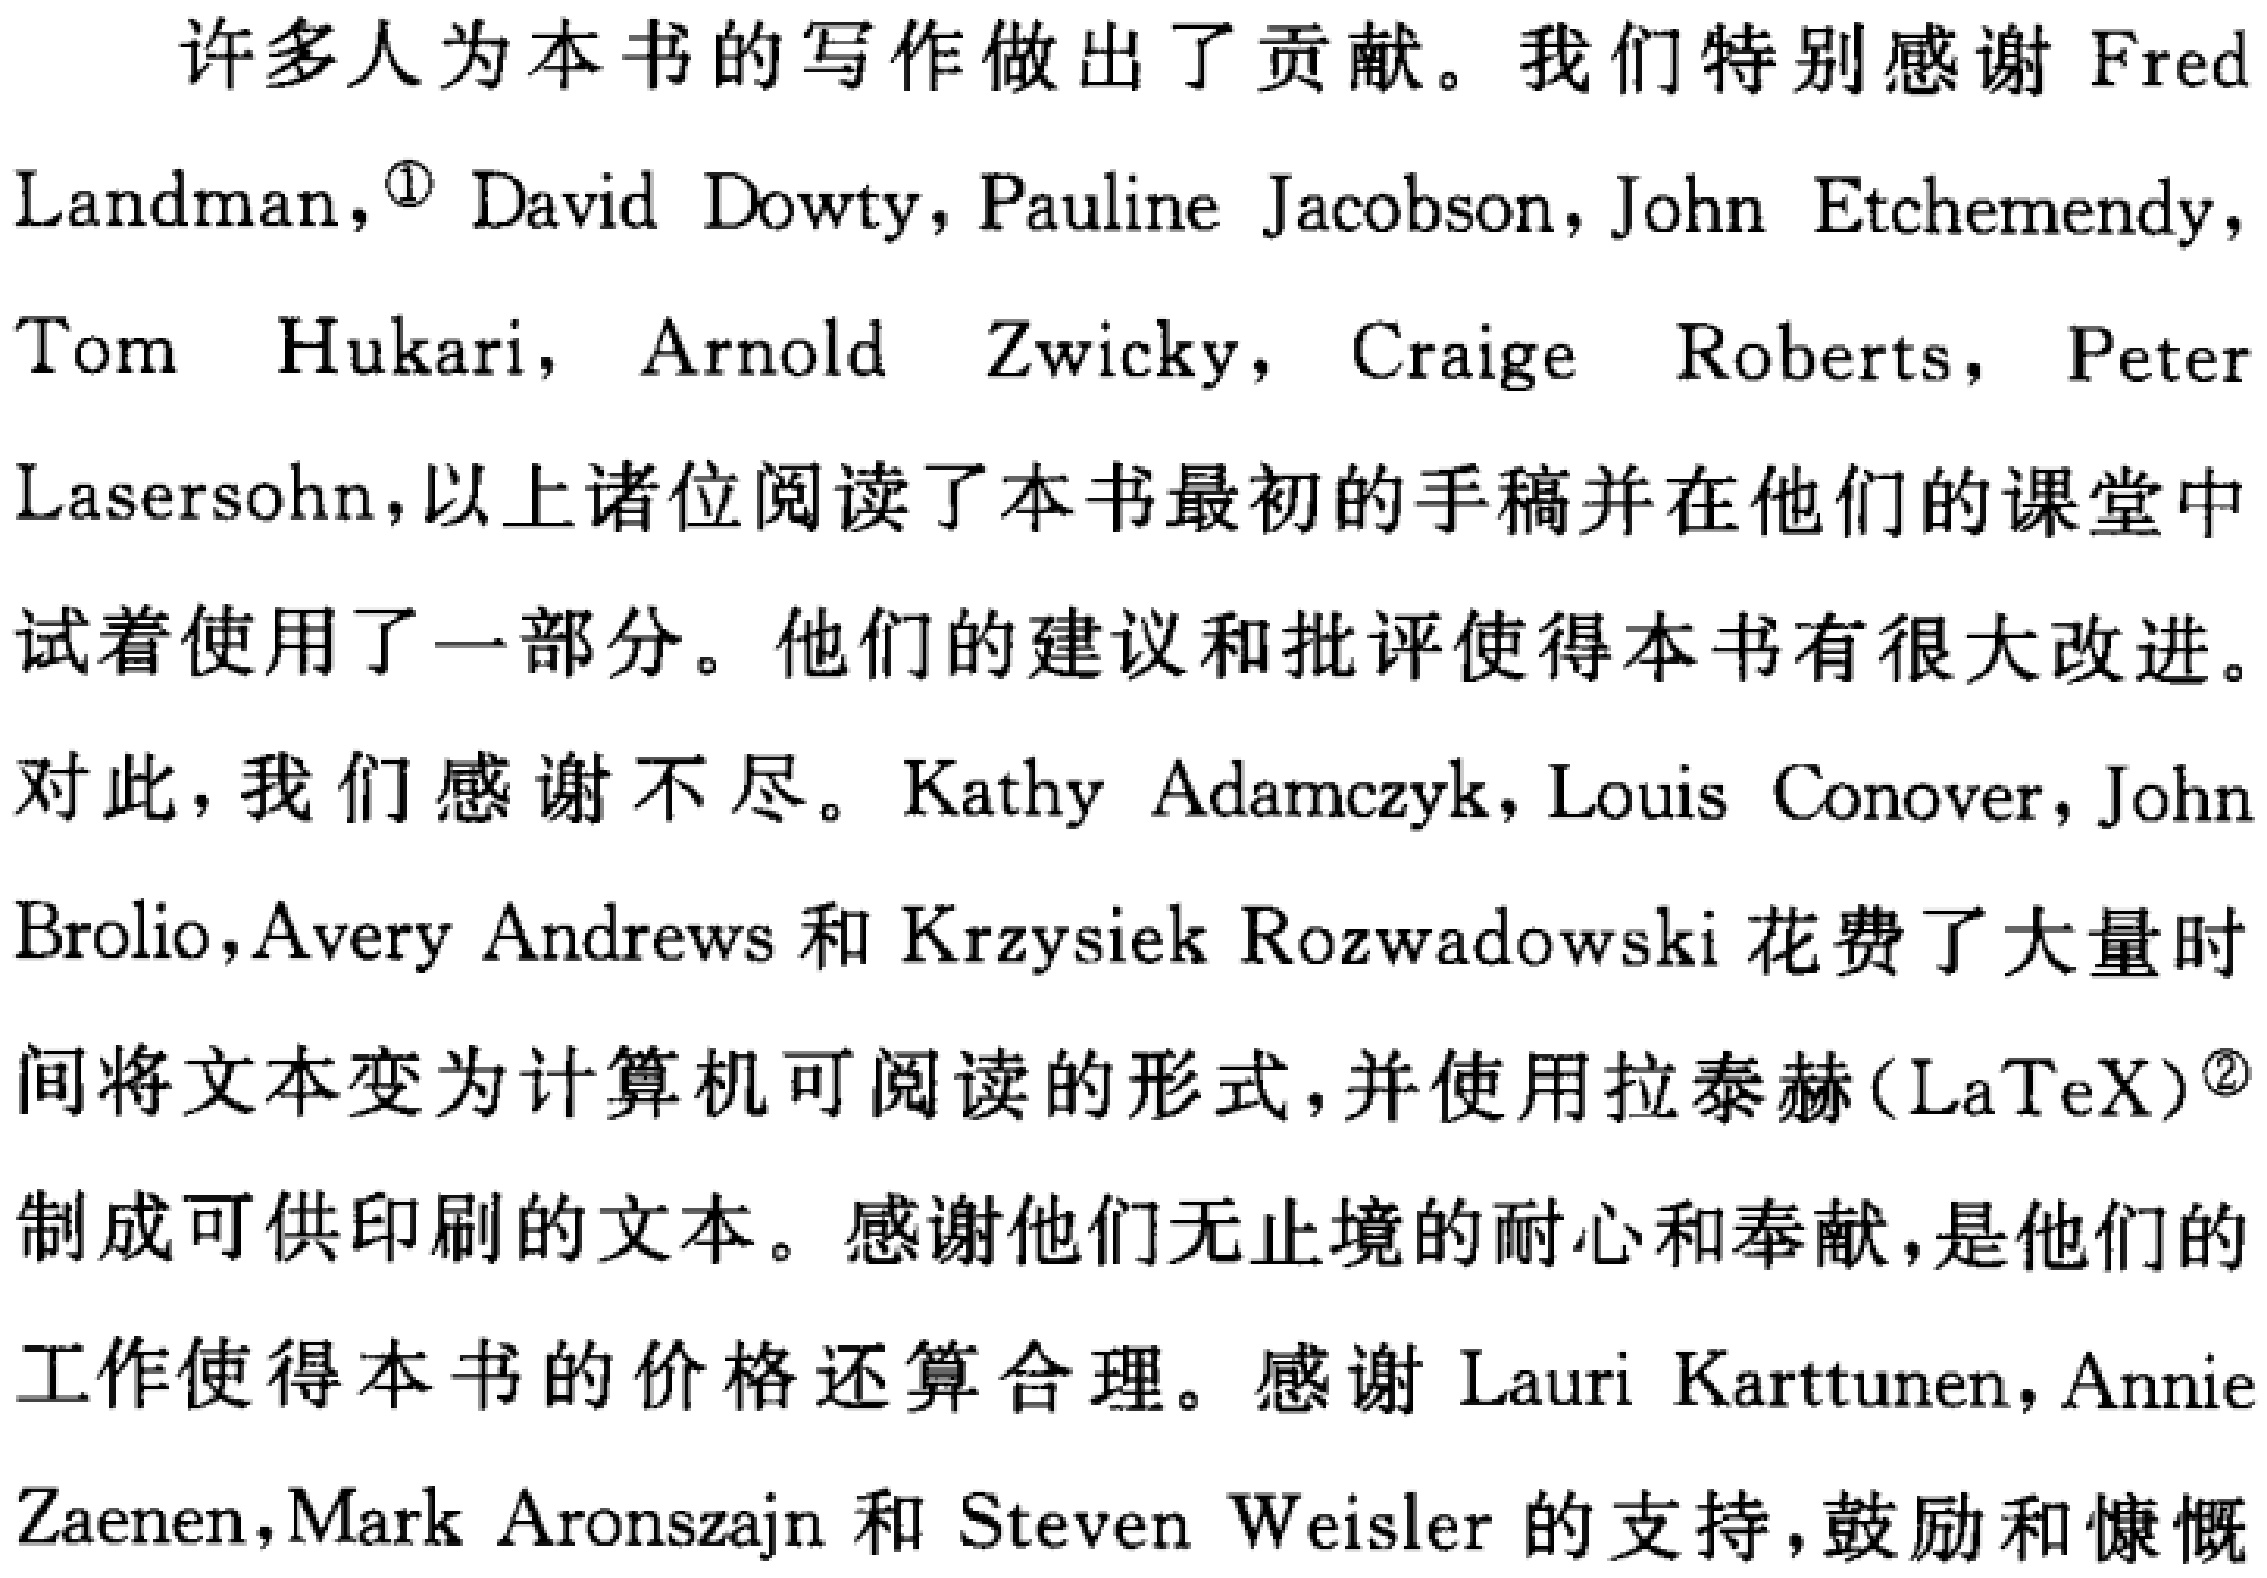
许多人为本书的写作做出了贡献。我们特别感谢 Fred

Landman，\footnote{\textcircled{1}} David Dowty，Pauline Jacobson，John Etchemendy，

Tom Hukari，Arnold Zwicky，Craige Roberts，Peter

Lasersohn，以上诸位阅读了本书最初的手稿并在他们的课堂中

试着使用了一部分。他们的建议和批评使得本书有很大改进。

对此，我们感谢不尽。Kathy Adamczyk，Louis Conover，John

Brolio，Avery Andrews 和 Krzysiek Rozwadowski 花费了大量时

间将文本变为计算机可阅读的形式，并使用拉泰赫(\LaTeX)\footnote{\textcircled{2}}

制成可供印刷的文本。感谢他们无止境的耐心和奉献，是他们的

工作使得本书的价格还算合理。感谢 Lauri Karttunen，Annie

Zaenen，Mark Aronszajn 和 Steven Weisler 的支持，鼓励和慷慨